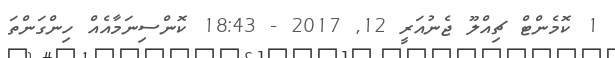
1 ކޮމެންޓް ޗިއްލޫ ޖެނުއަރީ 12